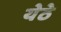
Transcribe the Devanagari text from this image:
येठे